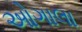
ઓગાલા